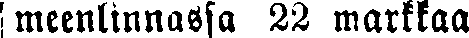
meenlinnassa 22 markkaa